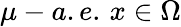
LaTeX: \mu-a.e.\, x\in\Omega